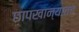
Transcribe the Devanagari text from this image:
छापखान्यातच